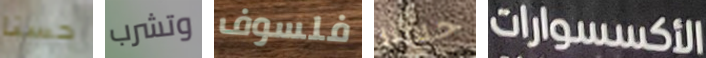
حسنا وتشرب فلسوف حسنا الأكسسوارات